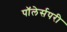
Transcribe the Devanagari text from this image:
पॉलेर्सपरी